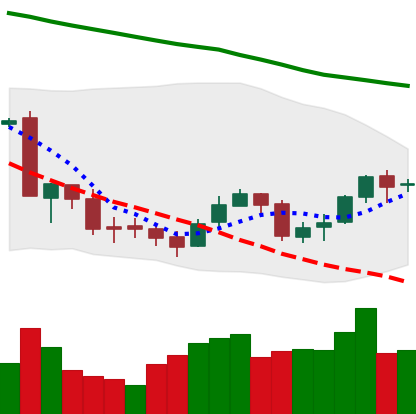
Ticker: BNB-USD
Chart end date: 2018-09-23
Forward return: -3.028%
Label: down_3_5